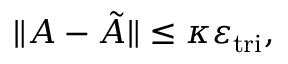
\| A - \tilde { A } \| \leq \kappa \varepsilon _ { \mathrm { t r i } } ,